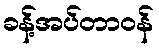
ခန့်အပ်တာဝန်